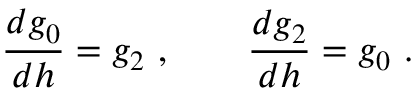
\frac { d g _ { 0 } } { d h } = g _ { 2 } ~ , \qquad \frac { d g _ { 2 } } { d h } = g _ { 0 } ~ .